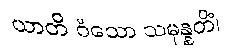
ယာတိ ဝံသော သမုန္နတိံ၊